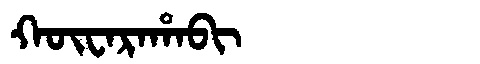
Manchu: ᡴᡡᠸᠠᡵᠠᡥᠠᠪᡳ
Romanization: KŪWARAHABI